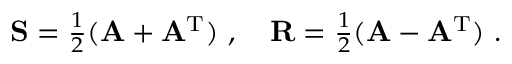
\begin{array} { r } { { \mathbf { S } } = \frac { 1 } { 2 } ( { \mathbf { A } } + { \mathbf { A } } ^ { \mathrm { T } } ) \ , \ \ \ { \mathbf { R } } = \frac { 1 } { 2 } ( { \mathbf { A } } - { \mathbf { A } } ^ { \mathrm { T } } ) \ . } \end{array}